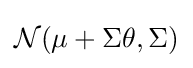
{\mathcal {N}}(\mu +\Sigma \theta ,\Sigma )